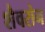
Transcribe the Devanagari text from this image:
शैवरोन